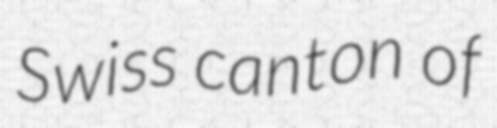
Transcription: Swiss canton of